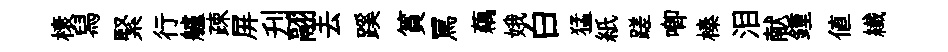
榱舄緊行艫疎屏刋翮去蹊篔罵藕娥白猛紙蹉唧榛泪献鍾值纎